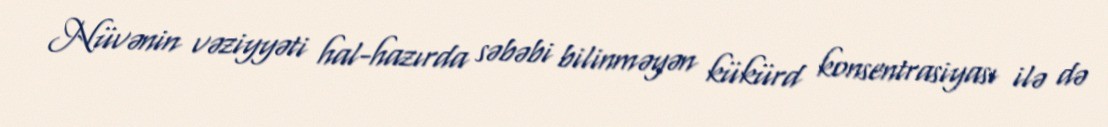
Nüvənin vəziyyəti hal-hazırda səbəbi bilinməyən kükürd konsentrasiyası ilə də